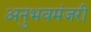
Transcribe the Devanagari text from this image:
अनुभवमंजरी